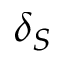
\delta _ { S }